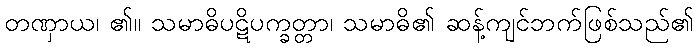
တဏှာယ၊ ၏။ သမာဓိပဋိပက္ခတ္တာ၊ သမာဓိ၏ ဆန့်ကျင်ဘက်ဖြစ်သည်၏